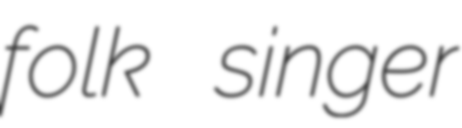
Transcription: folk singer